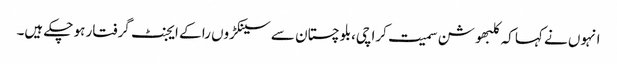
انہوں نے کہا کہ کلبھوشن سمیت کراچی،بلوچستان سے سینکڑوں را کے ایجنٹ گرفتار ہو چکے ہیں۔